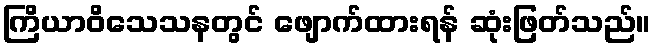
ကြိယာဝိသေသနတွင် ဖျောက်ထားရန် ဆုံးဖြတ်သည်။